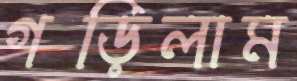
গড়িলাম